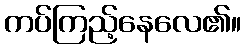
ကပ်ကြည့်နေလေ၏။